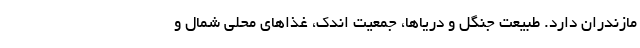
مازندران دارد. طبیعت جنگل و دریاها، جمعیت اندک، غذاهای محلی شمال و